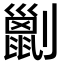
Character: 𠠗